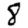
Digit: 8